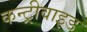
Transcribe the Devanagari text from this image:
कन्ट्रीवाइड